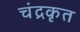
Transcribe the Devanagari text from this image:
चंद्रकृत